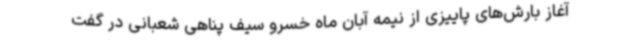
آغاز بارش‌های پاییزی از نیمه آبان ماه خسرو سیف پناهی شعبانی در گفت